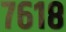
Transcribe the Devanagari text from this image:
७६१८